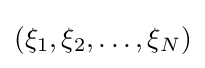
(\xi _{1},\xi _{2},\dots ,\xi _{N})